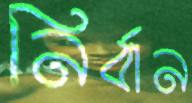
নির্বান